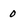
Character: 0